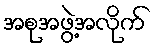
အစုအဖွဲ့အလိုက်